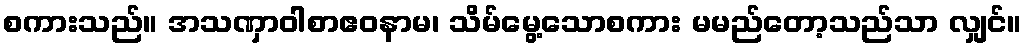
စကားသည်။ အသဏှာဝါစာဧဝနာမ၊ သိမ်မွေ့သောစကား မမည်တော့သည်သာ လျှင်။